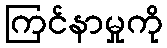
ကြင်နာမှုကို